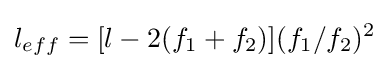
l_{eff}=[l-2(f_{1}+f_{2})](f_{1}/f_{2})^{2}